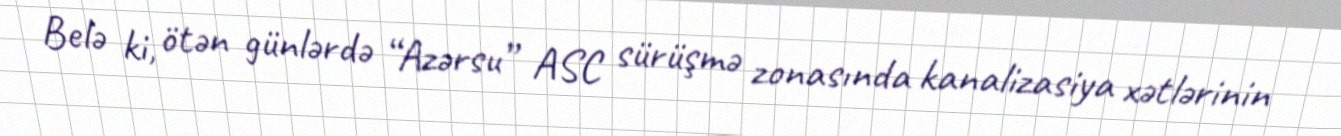
Belə ki, ötən günlərdə “Azərsu” ASC sürüşmə zonasında kanalizasiya xətlərinin